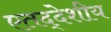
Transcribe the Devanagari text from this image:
एतद्‍देशीय